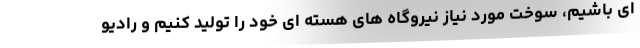
ای باشیم، سوخت مورد نیاز نیروگاه های هسته ای خود را تولید کنیم و رادیو